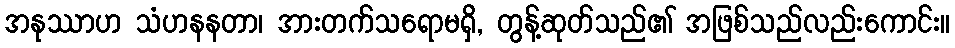
အနုဿာဟ သံဟနနတာ၊ အားတက်သရောမရှိ, တွန့်ဆုတ်သည်၏ အဖြစ်သည်လည်းကောင်း။